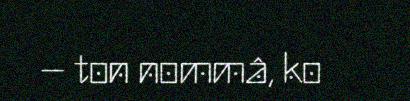
– ton nommâ, ko